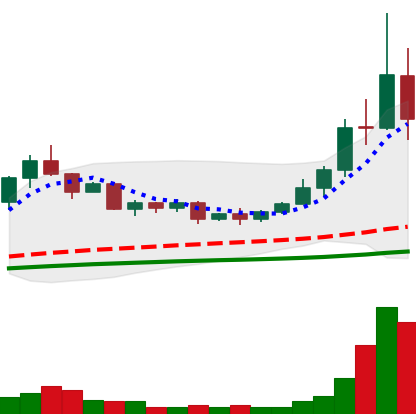
Ticker: TRX-USD
Chart end date: 2020-09-04
Forward return: -4.478%
Label: down_3_5